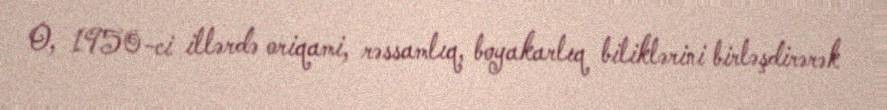
O, 1950-ci illərdə oriqami, rəssamlıq, boyakarlıq biliklərini birləşdirərək